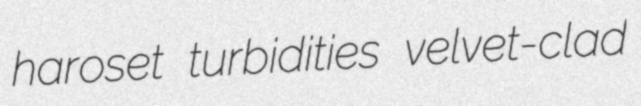
haroset turbidities velvet-clad